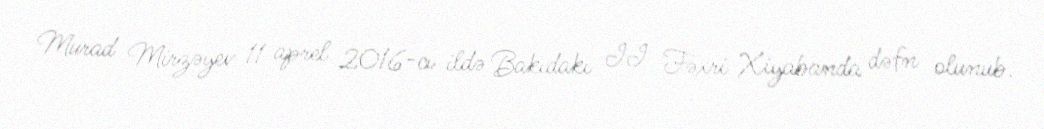
Murad Mirzəyev 11 aprel 2016-cı ildə Bakıdakı II Fəxri Xiyabanda dəfn olunub.